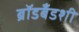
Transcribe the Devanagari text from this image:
ब्रॉडबँडशी